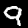
Digit: 9